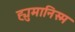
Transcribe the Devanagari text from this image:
ह्युमानिस्म